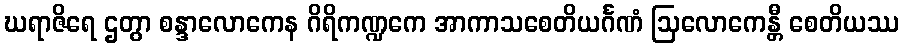
ဃရာဇိရေ ဌတွာ စန္ဒာလောကေန ဂိရိကဏ္ဍကေ အာကာသစေတိယင်္ဂဏံ ဩလောကေန္တီ စေတိယဿ